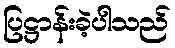
ပြဋ္ဌာန်းခဲ့ပါသည်